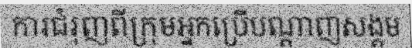
ការជំរុញពីក្រុមអ្នកប្រើបណ្តាញសង្គម